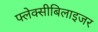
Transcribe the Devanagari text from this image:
फ्लेक्सीबिलाइजर